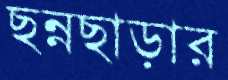
ছন্নছাড়ার